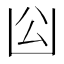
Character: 𠚅